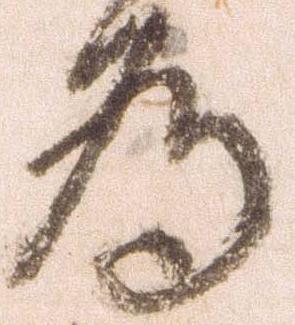
為